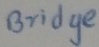
Text: Bridge